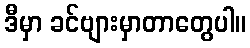
ဒီမှာ ခင်ဗျားမှာတာတွေပါ။